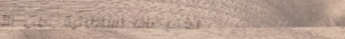
تخفيضات استثنائية على الأ